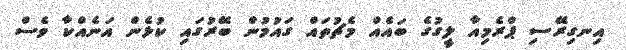
އިނގިރޭސި ޕްރެމިއާ ލީގުގެ ބައެއް މެޗުތައް ގައުމުން ބޭރުގައި ކުޅެން އަނެއްކާ ވެސް